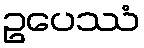
ဥပေဿံ